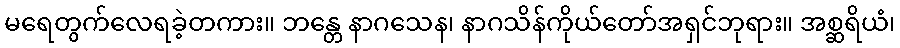
မရေတွက်လေရခဲ့တကား။ ဘန္တေ နာဂသေန၊ နာဂသိန်ကိုယ်တော်အရှင်ဘုရား။ အစ္ဆရိယံ၊